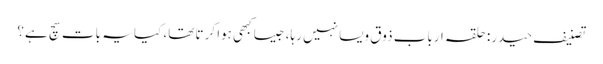
تصنیف حیدر: حلقہ ارباب ذوق ویسا نہیں رہا، جیسا کبھی ہوا کرتا تھا، کیا یہ بات سچ ہے؟